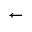
\leftarrow